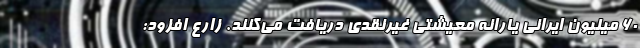
۶۰ میلیون ایرانی یارانه معیشتی غیرنقدی دریافت می‌کنند. زارع افزود: